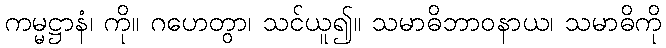
ကမ္မဋ္ဌာနံ၊ ကို။ ဂဟေတွာ၊ သင်ယူ၍။ သမာဓိဘာဝနာယ၊ သမာဓိကို